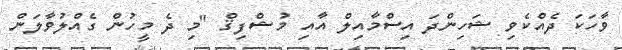
ވާހަކަ ދެއްކެވި ޝަހިންދަ އިސްމާއިލް އާއި މުޝްފިޤް "މި ދެ މީހުން ގެއްލުވާލަން